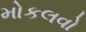
મોકલવો